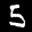
Label: 5